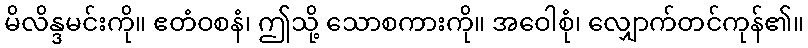
မိလိန္ဒမင်းကို။ ဧတံဝစနံ၊ ဤသို့ သောစကားကို။ အဝေါစုံ၊ လျှောက်တင်ကုန်၏။